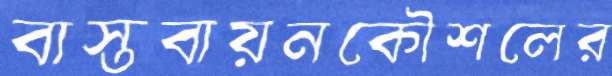
বাস্তবায়নকৌশলের